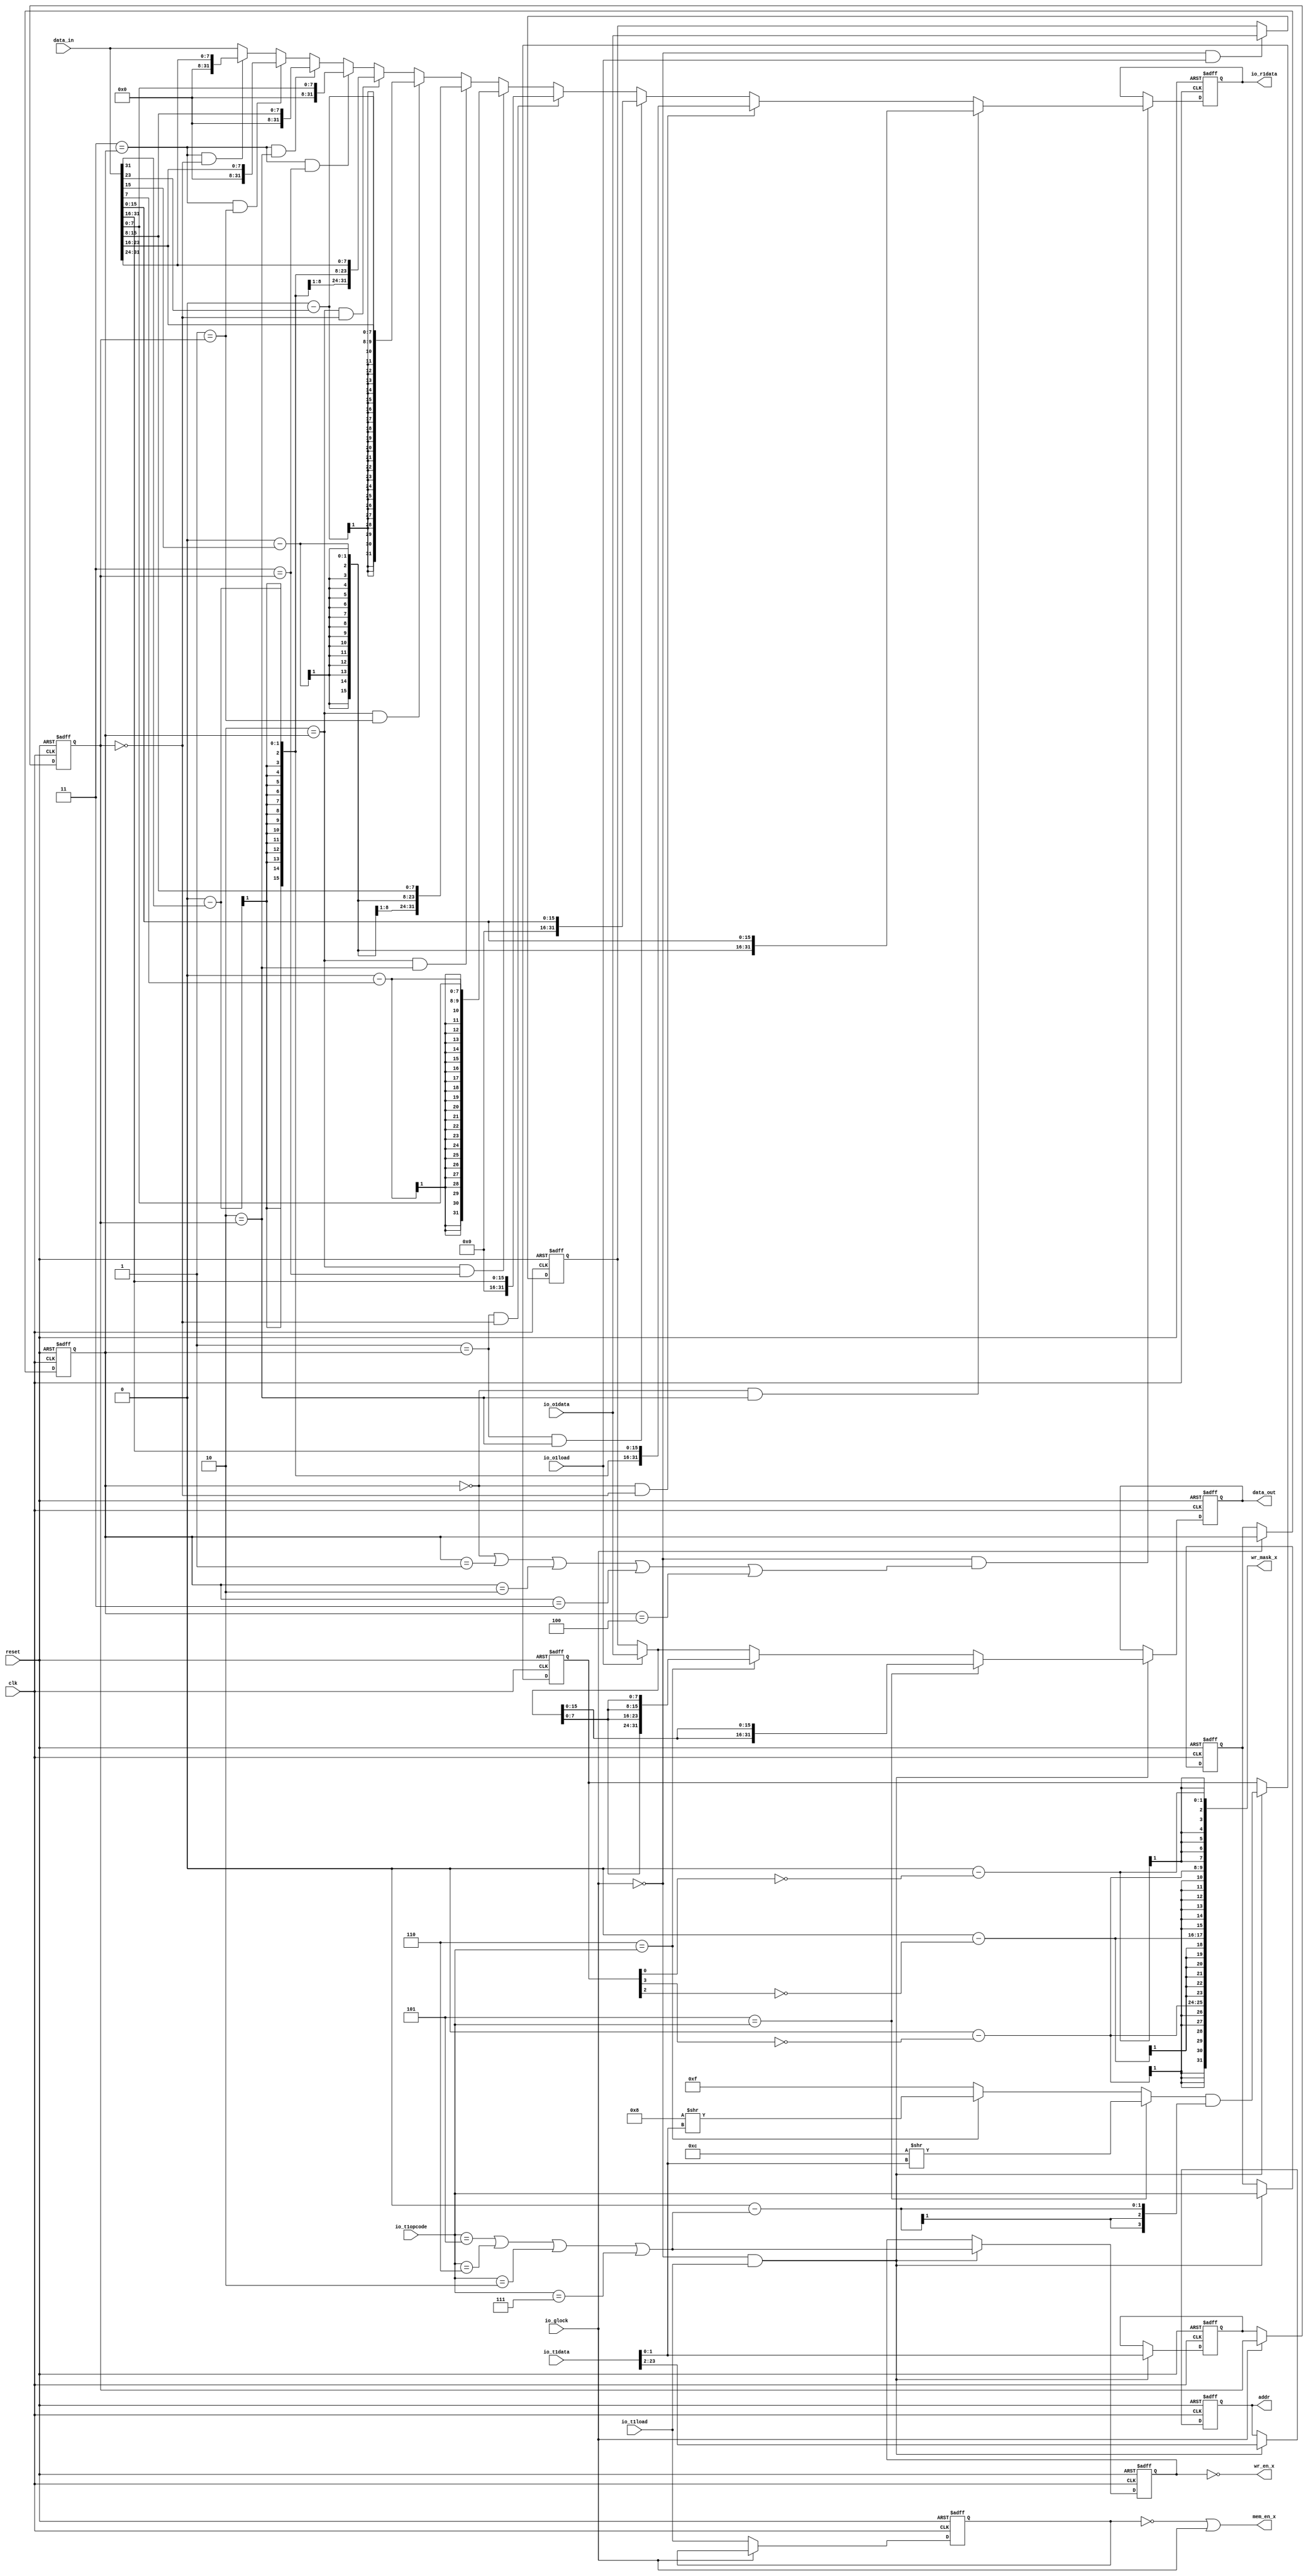
module ldh_ldhu_ldq_ldqu_ldw_sth_stq_stw_32b_24b(input clk, input reset,
    input [23:0] io_t1data,
    input  io_t1load,
    input [2:0] io_t1opcode,
    input [31:0] io_o1data,
    input  io_o1load,
    output[31:0] io_r1data,
    input [31:0] data_in,
    output[31:0] data_out,
    output[21:0] addr,
    output mem_en_x,
    output wr_en_x,
    output[31:0] wr_mask_x,
    input  io_glock
);

  wire[31:0] T0;
  wire[7:0] T1;
  wire[7:0] T159;
  wire T2;
  wire T3;
  reg [3:0] wr_mask_reg;
  wire[3:0] T160;
  wire[3:0] T4;
  wire[3:0] T5;
  wire[3:0] T6;
  wire[3:0] T161;
  wire T7;
  wire T8;
  wire T9;
  wire T10;
  wire T11;
  wire T12;
  wire T13;
  wire[3:0] T14;
  wire[3:0] T15;
  wire[3:0] T16;
  wire[3:0] T17;
  wire[1:0] T18;
  wire T19;
  wire[3:0] T20;
  wire T21;
  wire transfer_en;
  wire glock_n;
  wire[23:0] T22;
  wire[7:0] T23;
  wire[7:0] T162;
  wire T24;
  wire T25;
  wire[15:0] T26;
  wire[7:0] T27;
  wire[7:0] T163;
  wire T28;
  wire T29;
  wire[7:0] T30;
  wire[7:0] T164;
  wire T31;
  wire T32;
  wire T33;
  reg  wr_en_reg;
  wire T165;
  wire T34;
  wire T35;
  wire T36;
  wire T37;
  wire T38;
  wire T39;
  wire T40;
  wire T41;
  wire T42;
  wire T43;
  reg  mem_en_reg;
  wire T166;
  wire T44;
  reg [21:0] addr_reg;
  wire[21:0] T167;
  wire[21:0] T45;
  wire[21:0] T46;
  reg [31:0] data_out_reg;
  wire[31:0] T168;
  wire[31:0] T47;
  wire[31:0] T48;
  wire[31:0] T49;
  wire[31:0] T50;
  wire[31:0] T51;
  reg [31:0] o1shadow_reg;
  wire[31:0] T169;
  wire[31:0] T52;
  wire T53;
  wire[31:0] T54;
  wire[15:0] T55;
  wire[7:0] T56;
  wire T57;
  wire[31:0] T58;
  wire[15:0] T59;
  wire T60;
  reg [31:0] rdata_reg;
  wire[31:0] T170;
  wire[31:0] T61;
  wire[31:0] T62;
  wire[31:0] T63;
  wire[31:0] T64;
  wire[31:0] T65;
  wire[31:0] T66;
  wire[31:0] T67;
  wire[31:0] T68;
  wire[31:0] T69;
  wire[31:0] T70;
  wire[31:0] T71;
  wire[31:0] T72;
  wire[31:0] T73;
  wire[31:0] T74;
  wire[31:0] T75;
  wire[7:0] T76;
  wire T77;
  wire T78;
  reg [1:0] transfer_tag_pip_1_alignment;
  wire[1:0] T79;
  wire[1:0] T171;
  wire[1:0] T80;
  wire[1:0] transfer_tag_in_1_alignment;
  reg [1:0] transfer_tag_pip_0_alignment;
  wire[1:0] T81;
  wire[1:0] T172;
  wire[1:0] T82;
  wire[1:0] transfer_tag_in_0_alignment;
  wire[1:0] T83;
  wire[1:0] T84;
  wire T85;
  reg [2:0] transfer_tag_pip_1_opcode;
  wire[2:0] T86;
  wire[2:0] T173;
  wire[2:0] T87;
  wire[2:0] transfer_tag_in_1_opcode;
  reg [2:0] transfer_tag_pip_0_opcode;
  wire[2:0] T88;
  wire[2:0] T174;
  wire[2:0] T89;
  wire[2:0] transfer_tag_in_0_opcode;
  wire[2:0] T90;
  wire[31:0] T91;
  wire[7:0] T92;
  wire T93;
  wire T94;
  wire[31:0] T95;
  wire[7:0] T96;
  wire T97;
  wire T98;
  wire[31:0] T99;
  wire[7:0] T100;
  wire T101;
  wire T102;
  wire[31:0] T103;
  wire[7:0] T104;
  wire[23:0] T105;
  wire[23:0] T175;
  wire T106;
  wire T107;
  wire T108;
  wire T109;
  wire[31:0] T110;
  wire[7:0] T111;
  wire[23:0] T112;
  wire[23:0] T176;
  wire T113;
  wire T114;
  wire T115;
  wire[31:0] T116;
  wire[7:0] T117;
  wire[23:0] T118;
  wire[23:0] T177;
  wire T119;
  wire T120;
  wire T121;
  wire[31:0] T122;
  wire[7:0] T123;
  wire[23:0] T124;
  wire[23:0] T178;
  wire T125;
  wire T126;
  wire T127;
  wire[31:0] T128;
  wire[15:0] T129;
  wire T130;
  wire T131;
  wire T132;
  wire[31:0] T133;
  wire[15:0] T134;
  wire T135;
  wire T136;
  wire[31:0] T137;
  wire[15:0] T138;
  wire[15:0] T139;
  wire[15:0] T179;
  wire T140;
  wire T141;
  wire T142;
  wire T143;
  wire[31:0] T144;
  wire[15:0] T145;
  wire[15:0] T146;
  wire[15:0] T180;
  wire T147;
  wire T148;
  wire T149;
  wire rdata_en;
  wire T150;
  wire T151;
  wire T152;
  wire T153;
  wire T154;
  wire T155;
  wire T156;
  wire T157;
  wire T158;

`ifndef SYNTHESIS
// synthesis translate_off
  integer initvar;
  initial begin
    #0.002;
    wr_mask_reg = {1{$random}};
    wr_en_reg = {1{$random}};
    mem_en_reg = {1{$random}};
    addr_reg = {1{$random}};
    data_out_reg = {1{$random}};
    o1shadow_reg = {1{$random}};
    rdata_reg = {1{$random}};
    transfer_tag_pip_1_alignment = {1{$random}};
    transfer_tag_pip_0_alignment = {1{$random}};
    transfer_tag_pip_1_opcode = {1{$random}};
    transfer_tag_pip_0_opcode = {1{$random}};
  end
// synthesis translate_on
`endif

  assign wr_mask_x = T0;
  assign T0 = {T22, T1};
  assign T1 = 8'h0 - T159;
  assign T159 = {7'h0, T2};
  assign T2 = ~ T3;
  assign T3 = wr_mask_reg[1'h0:1'h0];
  assign T160 = reset ? 4'h0 : T4;
  assign T4 = transfer_en ? T5 : wr_mask_reg;
  assign T5 = T14 & T6;
  assign T6 = 4'h0 - T161;
  assign T161 = {3'h0, T7};
  assign T7 = T9 | T8;
  assign T8 = io_t1opcode == 3'h7;
  assign T9 = T11 | T10;
  assign T10 = io_t1opcode == 3'h2;
  assign T11 = T13 | T12;
  assign T12 = io_t1opcode == 3'h6;
  assign T13 = io_t1opcode == 3'h5;
  assign T14 = T15;
  assign T15 = T21 ? T20 : T16;
  assign T16 = T19 ? T17 : 4'hf;
  assign T17 = 4'h8 >> T18;
  assign T18 = io_t1data[1'h1:1'h0];
  assign T19 = 3'h6 == io_t1opcode;
  assign T20 = 4'hc >> T18;
  assign T21 = 3'h5 == io_t1opcode;
  assign transfer_en = glock_n & io_t1load;
  assign glock_n = io_glock ^ 1'h1;
  assign T22 = {T26, T23};
  assign T23 = 8'h0 - T162;
  assign T162 = {7'h0, T24};
  assign T24 = ~ T25;
  assign T25 = wr_mask_reg[2'h3:2'h3];
  assign T26 = {T30, T27};
  assign T27 = 8'h0 - T163;
  assign T163 = {7'h0, T28};
  assign T28 = ~ T29;
  assign T29 = wr_mask_reg[2'h2:2'h2];
  assign T30 = 8'h0 - T164;
  assign T164 = {7'h0, T31};
  assign T31 = ~ T32;
  assign T32 = wr_mask_reg[2'h3:2'h3];
  assign wr_en_x = T33;
  assign T33 = wr_en_reg == 1'h0;
  assign T165 = reset ? 1'h0 : T34;
  assign T34 = transfer_en ? T35 : wr_en_reg;
  assign T35 = T37 | T36;
  assign T36 = io_t1opcode == 3'h7;
  assign T37 = T39 | T38;
  assign T38 = io_t1opcode == 3'h2;
  assign T39 = T41 | T40;
  assign T40 = io_t1opcode == 3'h6;
  assign T41 = io_t1opcode == 3'h5;
  assign mem_en_x = T42;
  assign T42 = T43 | io_glock;
  assign T43 = mem_en_reg == 1'h0;
  assign T166 = reset ? 1'h0 : T44;
  assign T44 = glock_n ? io_t1load : mem_en_reg;
  assign addr = addr_reg;
  assign T167 = reset ? 22'h0 : T45;
  assign T45 = transfer_en ? T46 : addr_reg;
  assign T46 = io_t1data[5'h17:2'h2];
  assign data_out = data_out_reg;
  assign T168 = reset ? 32'h0 : T47;
  assign T47 = transfer_en ? T48 : data_out_reg;
  assign T48 = T49;
  assign T49 = T60 ? T58 : T50;
  assign T50 = T57 ? T54 : T51;
  assign T51 = io_o1load ? io_o1data : o1shadow_reg;
  assign T169 = reset ? 32'h0 : T52;
  assign T52 = T53 ? io_o1data : o1shadow_reg;
  assign T53 = glock_n & io_o1load;
  assign T54 = {T55, T55};
  assign T55 = {T56, T56};
  assign T56 = T51[3'h7:1'h0];
  assign T57 = 3'h6 == io_t1opcode;
  assign T58 = {T59, T59};
  assign T59 = T51[4'hf:1'h0];
  assign T60 = 3'h5 == io_t1opcode;
  assign io_r1data = rdata_reg;
  assign T170 = reset ? 32'h0 : T61;
  assign T61 = rdata_en ? T62 : rdata_reg;
  assign T62 = T63;
  assign T63 = T148 ? T144 : T64;
  assign T64 = T141 ? T137 : T65;
  assign T65 = T135 ? T133 : T66;
  assign T66 = T130 ? T128 : T67;
  assign T67 = T126 ? T122 : T68;
  assign T68 = T120 ? T116 : T69;
  assign T69 = T114 ? T110 : T70;
  assign T70 = T107 ? T103 : T71;
  assign T71 = T101 ? T99 : T72;
  assign T72 = T97 ? T95 : T73;
  assign T73 = T93 ? T91 : T74;
  assign T74 = T77 ? T75 : data_in;
  assign T75 = {24'h0, T76};
  assign T76 = data_in[5'h1f:5'h18];
  assign T77 = T85 & T78;
  assign T78 = 2'h0 == transfer_tag_pip_1_alignment;
  assign T79 = 2'h0;
  assign T171 = reset ? T79 : T80;
  assign T80 = glock_n ? transfer_tag_in_1_alignment : transfer_tag_pip_1_alignment;
  assign transfer_tag_in_1_alignment = transfer_tag_pip_0_alignment;
  assign T81 = 2'h0;
  assign T172 = reset ? T81 : T82;
  assign T82 = transfer_en ? transfer_tag_in_0_alignment : transfer_tag_pip_0_alignment;
  assign transfer_tag_in_0_alignment = T83;
  assign T83 = T84;
  assign T84 = io_t1data[1'h1:1'h0];
  assign T85 = 3'h3 == transfer_tag_pip_1_opcode;
  assign T86 = 3'h7;
  assign T173 = reset ? T86 : T87;
  assign T87 = glock_n ? transfer_tag_in_1_opcode : transfer_tag_pip_1_opcode;
  assign transfer_tag_in_1_opcode = transfer_tag_pip_0_opcode;
  assign T88 = 3'h7;
  assign T174 = reset ? T88 : T89;
  assign T89 = transfer_en ? transfer_tag_in_0_opcode : transfer_tag_pip_0_opcode;
  assign transfer_tag_in_0_opcode = T90;
  assign T90 = io_t1opcode;
  assign T91 = {24'h0, T92};
  assign T92 = data_in[5'h17:5'h10];
  assign T93 = T85 & T94;
  assign T94 = 2'h1 == transfer_tag_pip_1_alignment;
  assign T95 = {24'h0, T96};
  assign T96 = data_in[4'hf:4'h8];
  assign T97 = T85 & T98;
  assign T98 = 2'h2 == transfer_tag_pip_1_alignment;
  assign T99 = {24'h0, T100};
  assign T100 = data_in[3'h7:1'h0];
  assign T101 = T85 & T102;
  assign T102 = 2'h3 == transfer_tag_pip_1_alignment;
  assign T103 = {T105, T104};
  assign T104 = data_in[5'h1f:5'h18];
  assign T105 = 24'h0 - T175;
  assign T175 = {23'h0, T106};
  assign T106 = data_in[5'h1f:5'h1f];
  assign T107 = T109 & T108;
  assign T108 = 2'h0 == transfer_tag_pip_1_alignment;
  assign T109 = 3'h2 == transfer_tag_pip_1_opcode;
  assign T110 = {T112, T111};
  assign T111 = data_in[5'h17:5'h10];
  assign T112 = 24'h0 - T176;
  assign T176 = {23'h0, T113};
  assign T113 = data_in[5'h17:5'h17];
  assign T114 = T109 & T115;
  assign T115 = 2'h1 == transfer_tag_pip_1_alignment;
  assign T116 = {T118, T117};
  assign T117 = data_in[4'hf:4'h8];
  assign T118 = 24'h0 - T177;
  assign T177 = {23'h0, T119};
  assign T119 = data_in[4'hf:4'hf];
  assign T120 = T109 & T121;
  assign T121 = 2'h2 == transfer_tag_pip_1_alignment;
  assign T122 = {T124, T123};
  assign T123 = data_in[3'h7:1'h0];
  assign T124 = 24'h0 - T178;
  assign T178 = {23'h0, T125};
  assign T125 = data_in[3'h7:3'h7];
  assign T126 = T109 & T127;
  assign T127 = 2'h3 == transfer_tag_pip_1_alignment;
  assign T128 = {16'h0, T129};
  assign T129 = data_in[5'h1f:5'h10];
  assign T130 = T132 & T131;
  assign T131 = 2'h0 == transfer_tag_pip_1_alignment;
  assign T132 = 3'h1 == transfer_tag_pip_1_opcode;
  assign T133 = {16'h0, T134};
  assign T134 = data_in[4'hf:1'h0];
  assign T135 = T132 & T136;
  assign T136 = 2'h2 == transfer_tag_pip_1_alignment;
  assign T137 = {T139, T138};
  assign T138 = data_in[5'h1f:5'h10];
  assign T139 = 16'h0 - T179;
  assign T179 = {15'h0, T140};
  assign T140 = data_in[5'h1f:5'h1f];
  assign T141 = T143 & T142;
  assign T142 = 2'h0 == transfer_tag_pip_1_alignment;
  assign T143 = 3'h0 == transfer_tag_pip_1_opcode;
  assign T144 = {T146, T145};
  assign T145 = data_in[4'hf:1'h0];
  assign T146 = 16'h0 - T180;
  assign T180 = {15'h0, T147};
  assign T147 = data_in[4'hf:4'hf];
  assign T148 = T143 & T149;
  assign T149 = 2'h2 == transfer_tag_pip_1_alignment;
  assign rdata_en = glock_n & T150;
  assign T150 = T152 | T151;
  assign T151 = transfer_tag_pip_1_opcode == 3'h4;
  assign T152 = T154 | T153;
  assign T153 = transfer_tag_pip_1_opcode == 3'h3;
  assign T154 = T156 | T155;
  assign T155 = transfer_tag_pip_1_opcode == 3'h2;
  assign T156 = T158 | T157;
  assign T157 = transfer_tag_pip_1_opcode == 3'h1;
  assign T158 = transfer_tag_pip_1_opcode == 3'h0;
  always @(posedge clk or negedge reset) begin
    if(!reset) begin
      wr_mask_reg <= 4'h0;
    end else if(transfer_en) begin
      wr_mask_reg <= T5;
    end
  end
  always @(posedge clk or negedge reset) begin
    if(!reset) begin
      wr_en_reg <= 1'h0;
    end else if(transfer_en) begin
      wr_en_reg <= T35;
    end
  end
  always @(posedge clk or negedge reset) begin
    if(!reset) begin
      mem_en_reg <= 1'h0;
    end else if(glock_n) begin
      mem_en_reg <= io_t1load;
    end
  end
  always @(posedge clk or negedge reset) begin
    if(!reset) begin
      addr_reg <= 22'h0;
    end else if(transfer_en) begin
      addr_reg <= T46;
    end
  end
  always @(posedge clk or negedge reset) begin
    if(!reset) begin
      data_out_reg <= 32'h0;
    end else if(transfer_en) begin
      data_out_reg <= T48;
    end
  end
  always @(posedge clk or negedge reset) begin
    if(!reset) begin
      o1shadow_reg <= 32'h0;
    end else if(T53) begin
      o1shadow_reg <= io_o1data;
    end
  end
  always @(posedge clk or negedge reset) begin
    if(!reset) begin
      rdata_reg <= 32'h0;
    end else if(rdata_en) begin
      rdata_reg <= T62;
    end
  end
  always @(posedge clk or negedge reset) begin
    if(!reset) begin
      transfer_tag_pip_1_alignment <= T79;
    end else if(glock_n) begin
      transfer_tag_pip_1_alignment <= transfer_tag_in_1_alignment;
    end
  end
  always @(posedge clk or negedge reset) begin
    if(!reset) begin
      transfer_tag_pip_0_alignment <= T81;
    end else if(transfer_en) begin
      transfer_tag_pip_0_alignment <= transfer_tag_in_0_alignment;
    end
  end
  always @(posedge clk or negedge reset) begin
    if(!reset) begin
      transfer_tag_pip_1_opcode <= T86;
    end else if(glock_n) begin
      transfer_tag_pip_1_opcode <= transfer_tag_in_1_opcode;
    end
  end
  always @(posedge clk or negedge reset) begin
    if(!reset) begin
      transfer_tag_pip_0_opcode <= T88;
    end else if(transfer_en) begin
      transfer_tag_pip_0_opcode <= transfer_tag_in_0_opcode;
    end
  end
endmodule